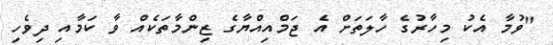
"ވުމާ އެކު މިހާރުގެ ހާލަތަށް އެ ޖަމްއިއްޔާގެ ޒިންމާތަކެއް ވާ ކަމާއި ދިވެހި